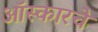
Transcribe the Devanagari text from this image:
ऑस्कारचे